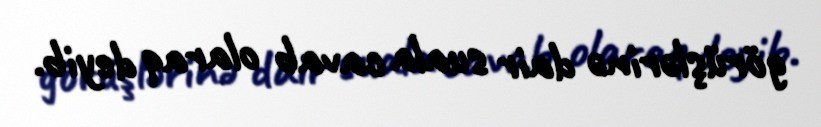
görüşlərinə dair suala cavab olaraq deyib.